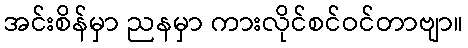
အင်းစိန်မှာ ညနမှာ ကားလိုင်စင်ဝင်တာဗျာ။